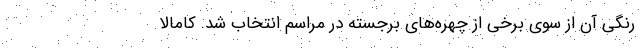
رنگی آن از سوی برخی از چهره‌های برجسته در مراسم انتخاب شد. کامالا